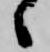
々